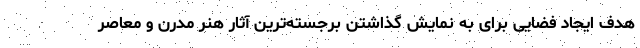
هدف ایجاد فضایی برای به نمایش گذاشتن برجسته‌ترین آثار هنر مدرن و معاصر